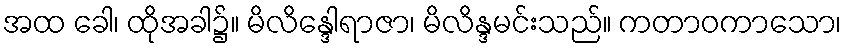
အထ ခေါ၊ ထိုအခါ၌။ မိလိန္ဒေါရာဇာ၊ မိလိန္ဒမင်းသည်။ ကတာဝကာသော၊